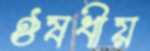
ঔষধীয়